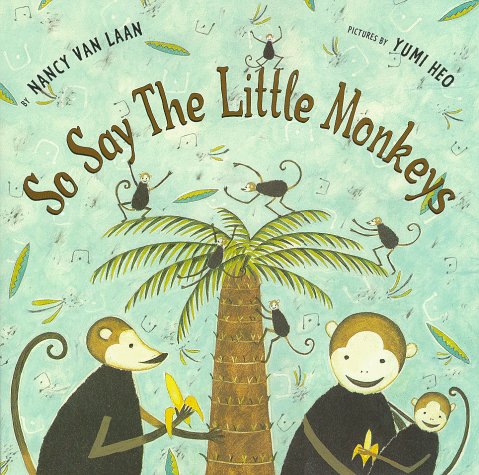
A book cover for So Say The Little Monkeys; Nancy Van Laan; Children's Books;